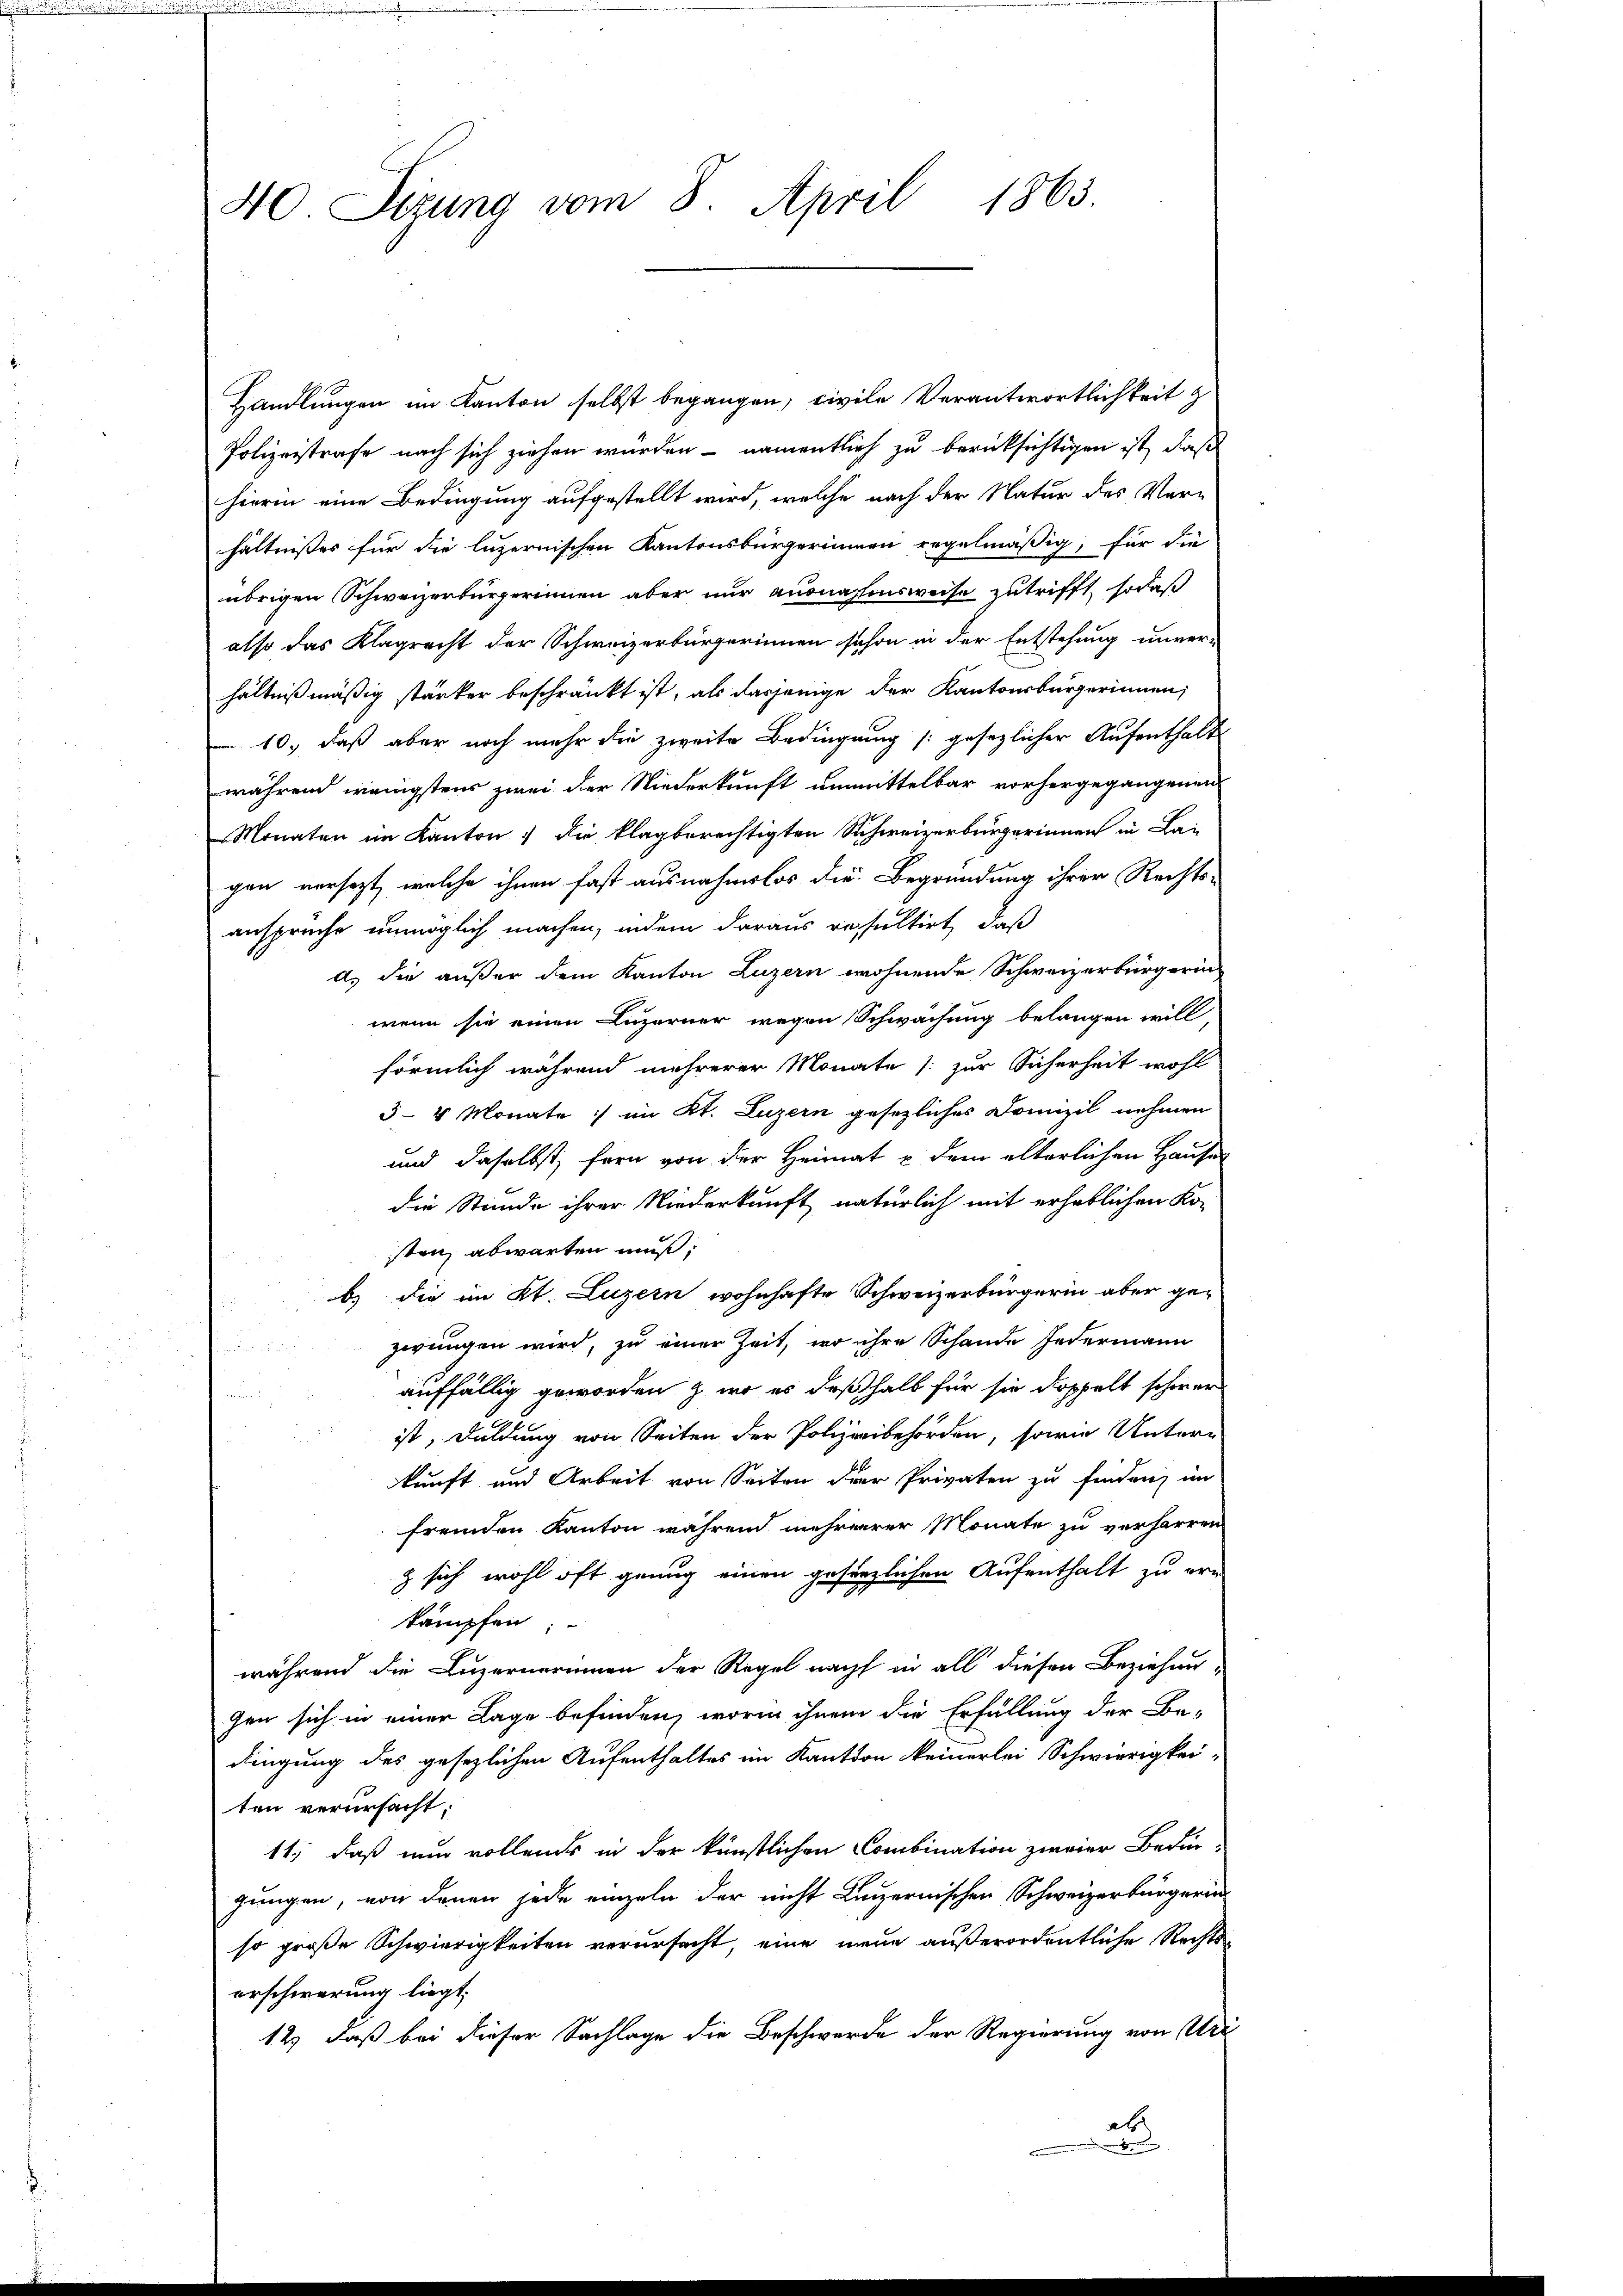
1865
40 Sizung vom 8. April

Handlungen im Kanton selbst begangen, civile Verantwortlichkeit z
Polizeistrafe nach sich ziehen würden - namentlich zu berücksichtigen ist, daß
hierin eine Bedingung aufgestellt wird, welche nach der Natur des Verhältnißes für die luzernischen Kantonsbürgerinnen regelmäßig, für die
übrigen Schweizerbürgerinnen aber nur ausnahmsweise zutrifft, sodaß
also das Klagrecht der Schweizerbürgerinnen schon in der Entstehung unver-
hältnißmäßig stärker beschränkt ist, als dasjenige der Kantonsbürgerinnen,
10, daß aber noch mehr die zweite Bedingung (: gesezlicher Aufenthalt
während wenigstens zwei der Niederkunft unmittelbar vorhergegangenen
Monaten im Kanton, die klagberechtigten Schweizerbürgerinnen in Lagen versezt, welche ihnen fast ausnahmslos die Begründung ihrer Rechts-
ansprüche unmöglich machen, indem daraus resultirt, daß
d.) die außer dem Kanton Luzern wohnende Schweizerbürgerin
wenn sie einen Luzerner wegen Schwächung belangen will,
förmlich während mehrerer Monate (zur Sicherheit wohl
3–4 Monate :/ im Kt. Luzern gesezliches Domizil nehmen
und daselbst; fern von der Heimat & dem elterlichen Hause
die Stunde ihrer Niederkunft natürlich mit erheblichen Ko-
sten abwarten muß,
b) die im Kt. Luzern wohnhafte Schweizerbürgerin aber gezwungen wird, zu einer Zeit, wo ihre Schande Jedermann
auffällig geworden & wo es deßhalb für sie doppelt schwer
ist, Duldung von Seiten der Polizeibehörden, sowie Untern
kunft und Arbeit von Seiten der Privaten zu finden, im
fremden Kanton während mehrerer Monate zu verharren
z sich wohl oft genug einen gesezlichen Aufenthalt zu ern
kämpfen;
während die Luzernerinnen der Regel nach in all diesen Beziehun-
gen sich in einer Lage befinden, worin ihnen die Erfüllung der Be-
dingung des gesezlichen Aufenthaltes im Kanton keinerlei Schwierigkeiten verursacht:
11., daß nun vollends in der künstlichen Combination zweier Bedin-
gungen, von denen jede einzeln der nicht Luzernischen Schweizerbürgerin
so große Schwierigkeiten verursacht, eine mein außerordentliche Rechtserschwerung liegt.
12) daß bei dieser Sachlage die Beschwerde der Regierung von Uri
ab
h